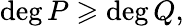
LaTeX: \deg P\geqslant\deg Q,